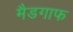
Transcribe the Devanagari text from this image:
मैडगाफ